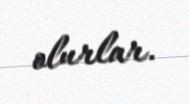
olurlar.